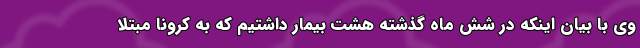
وی با بیان اینکه در شش ماه گذشته هشت بیمار داشتیم که به کرونا مبتلا